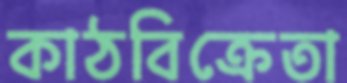
কাঠবিক্রেতা